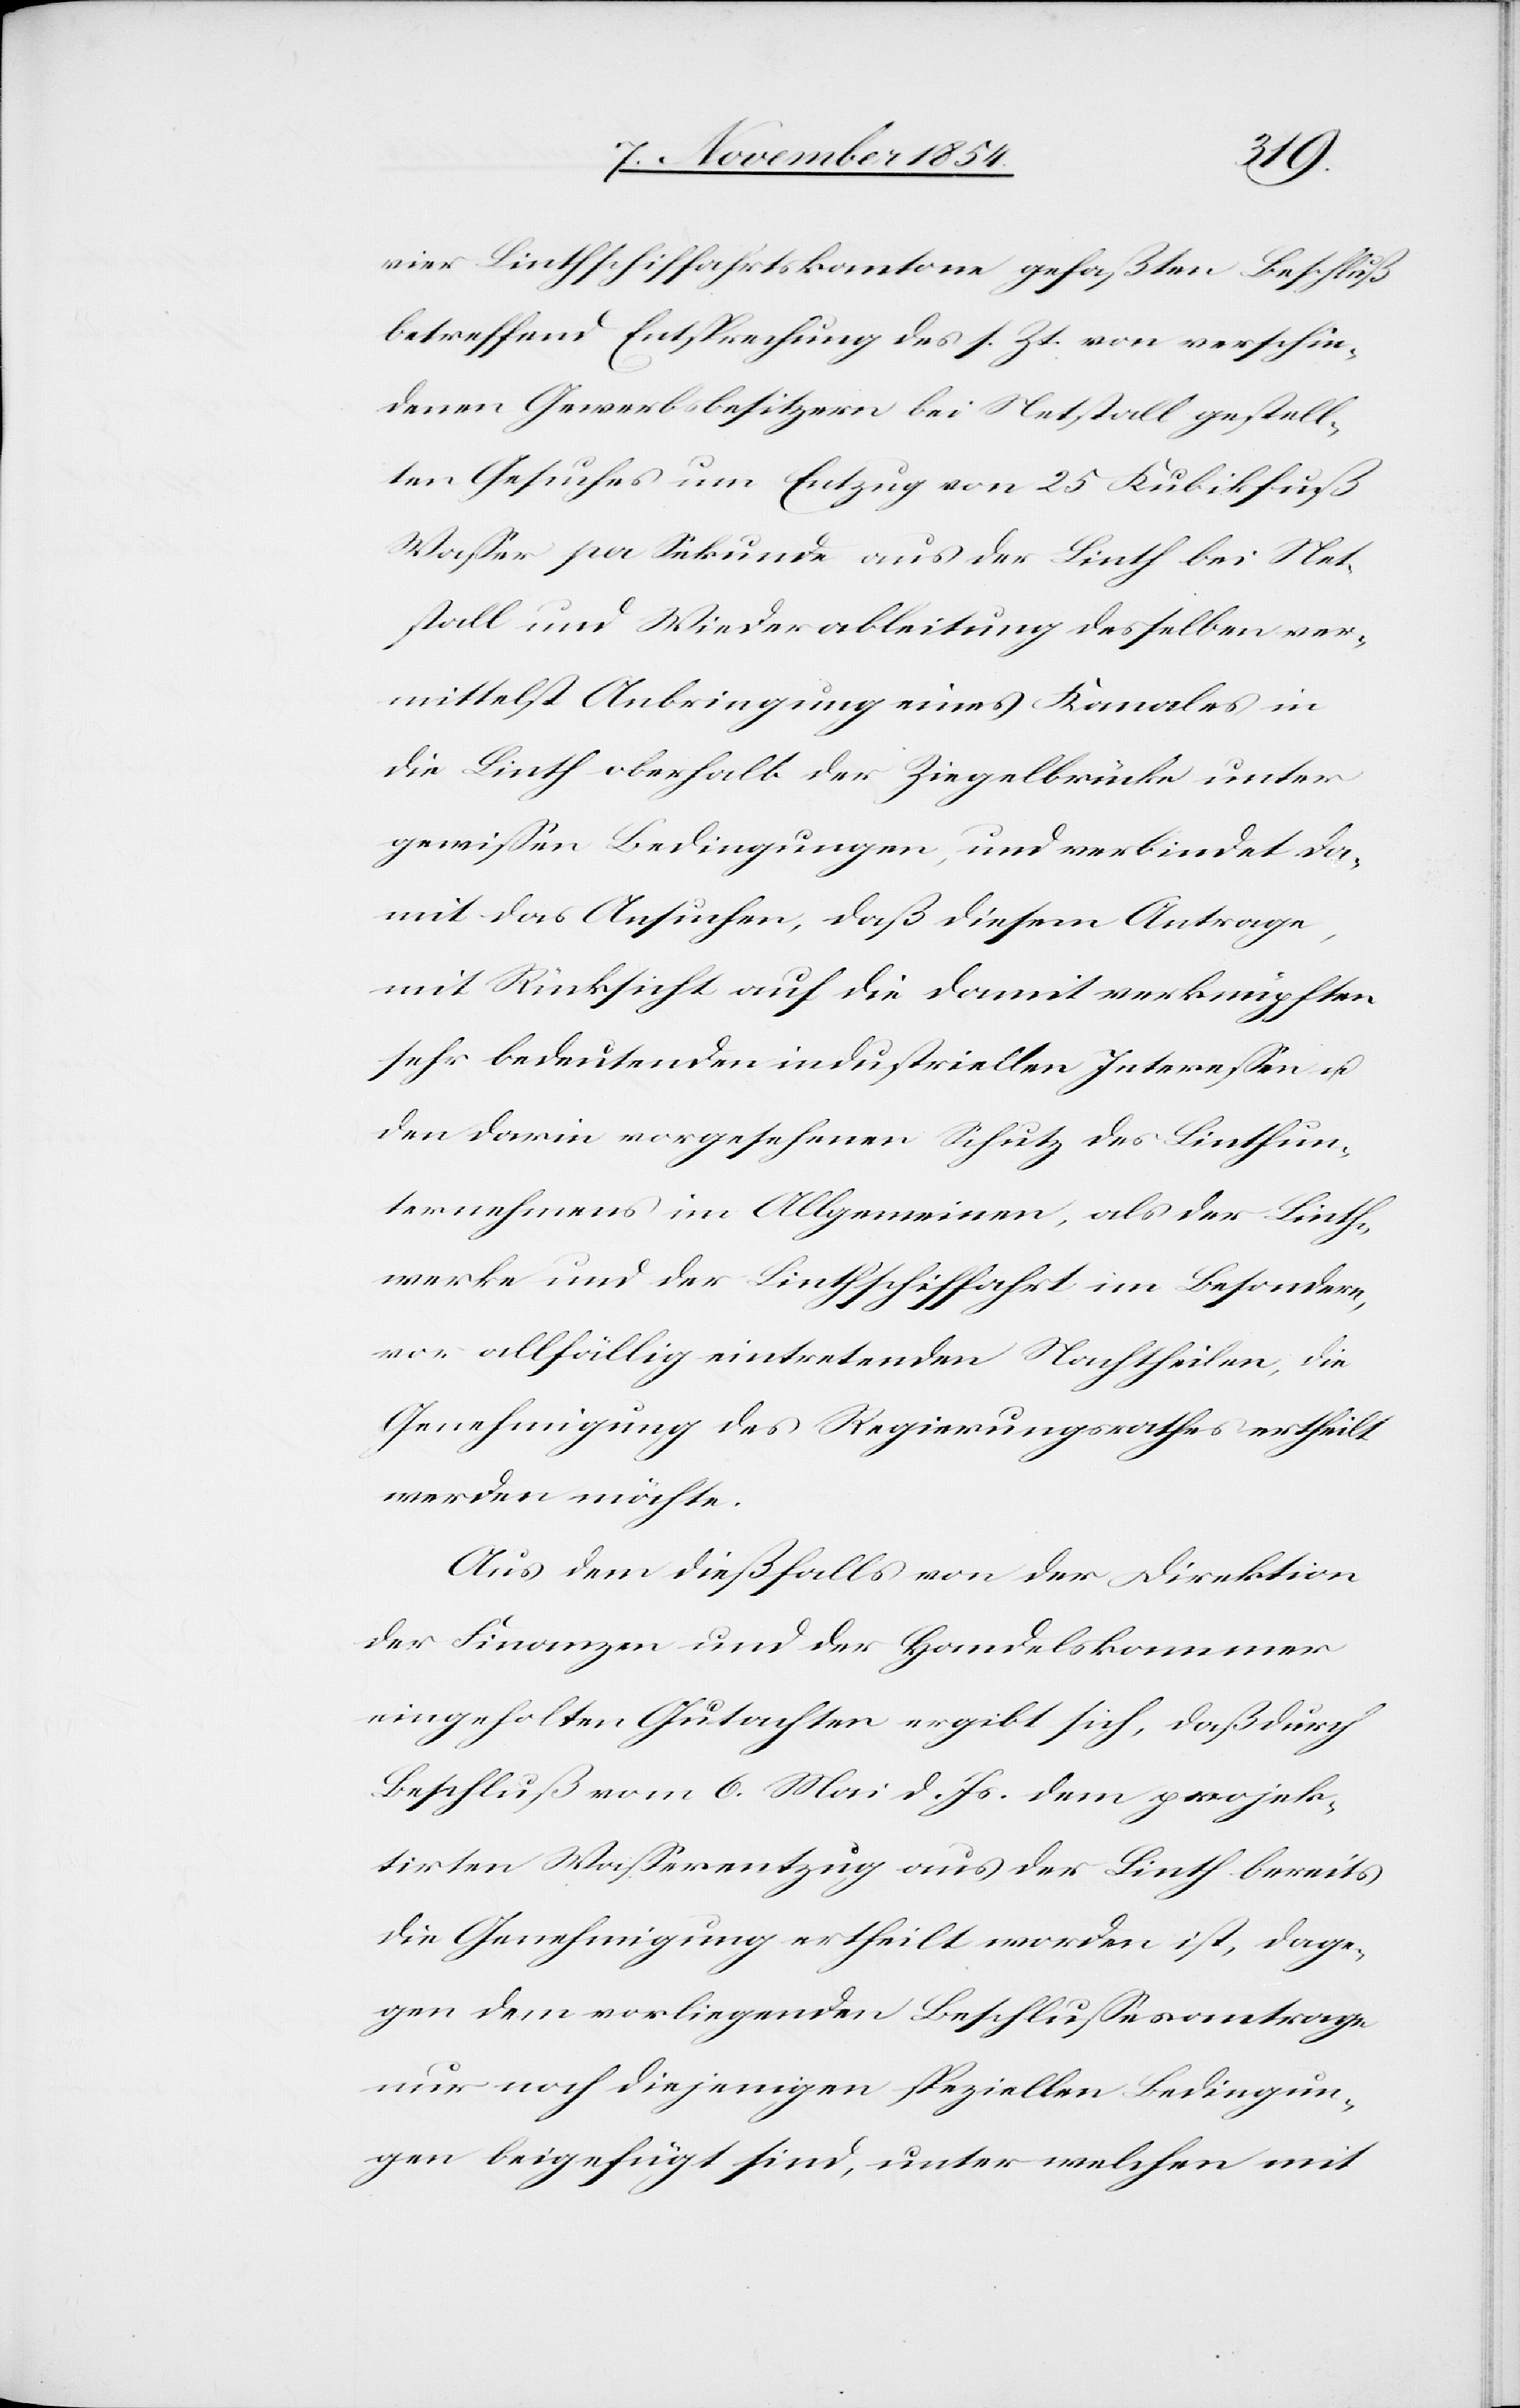
vier Linthschiffahrtskantone gefaßten Beschluß
betreffend Entsprechung des s. Zt. von verschie¬
denen Gewerbsbesitzern bei Netstall gestell¬
ten Gesuches um Entzug von 25 Kubikfuß
Waßer per Sekunde aus der Linth bei Net¬
stall und Wiederableitung desselben ver¬
mittelst Anbringung eines Kanales in
die Linth oberhalb der Ziegelbrücke unter
gewißen Bedingungen, und verbindet da¬
mit das Ansuchen, daß diesem Antrage,
mit Rücksicht auf die damit verknüpften
sehr bedeutenden industriellen Intereßen u.
den darin vorgesehenen Schutz des Linthun¬
ternehmens im Allgemeinen, als der Linth¬
werke und der Linthschiffahrt im Besondern,
vor allfällig eintretenden Nachtheilen, die
Genehmigung des Regierungsrathes ertheilt
werden möchte.
Aus dem dießfalls von der Direktion
der Finanzen und der Handelskammer
eingeholten Gutachten ergibt sich, daß durch
Beschluß vom 6. Mai d. Js. dem projek¬
tirten Waßerentzug aus der Linth bereits
die Genehmigung ertheilt worden ist, dage¬
gen dem vorliegenden Beschlußesantrage
nur noch diejenigen speziellen Bedingun¬
gen beigefügt sind, unter welchen mit